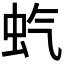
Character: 𫊨